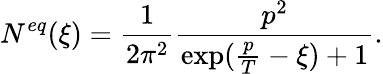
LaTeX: N^{eq}(\xi)=\frac{1}{2\pi^{2}}\frac{p^{2}}{\exp(\frac{p}{T}-\xi)+1}.